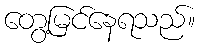
တွေ့မြင်နေရသည်။